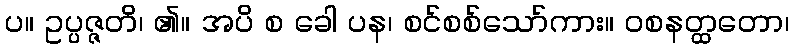
ပ။ ဥပ္ပဇ္ဇတိ၊ ၏။ အပိ စ ခေါ ပန၊ စင်စစ်သော်ကား။ ဝစနတ္ထတော၊